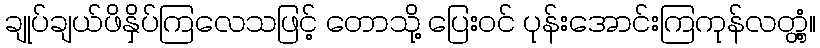
ချုပ်ချယ်ဖိနှိပ်ကြလေသဖြင့် တောသို့ ပြေးဝင် ပုန်းအောင်းကြကုန်လတ္တံ့။